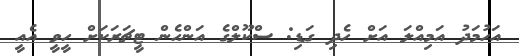
އަހުމަދު އަމިއްލަ އަށް ހެދި ގަޑި: ސްކޫލްގެ އަންހެން ޓީޗަރަކަށް ހީވީ އެއީ